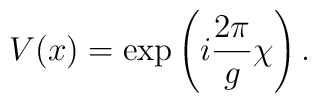
V(x)=\exp\left(i{2\pi\over g}\chi\right).